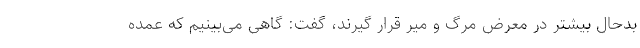
بدحال بیشتر در معرض مرگ و میر قرار گیرند، گفت: گاهی می‌بینیم که عمده